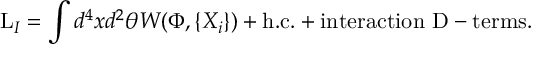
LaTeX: \mathrm { L } _ { I } = \int d ^ { 4 } x d ^ { 2 } \theta W ( \Phi , \{ X _ { i } \} ) + \mathrm { h . c . } + \mathrm { i n t e r a c t i o n \ D - t e r m s } .